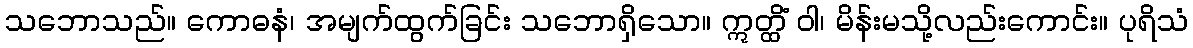
သဘောသည်။ ကောဓနံ၊ အမျက်ထွက်ခြင်း သဘောရှိသော။ ဣတ္ထိံ ဝါ၊ မိန်းမသို့လည်းကောင်း။ ပုရိသံ